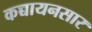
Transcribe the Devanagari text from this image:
कच्चायनसार